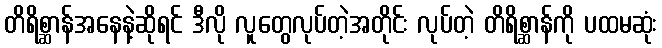
တိရိစ္ဆာန်အနေနဲ့ဆိုရင် ဒီလို လူတွေလုပ်တဲ့အတိုင်း လုပ်တဲ့ တိရိစ္ဆာန်ကို ပထမဆုံး